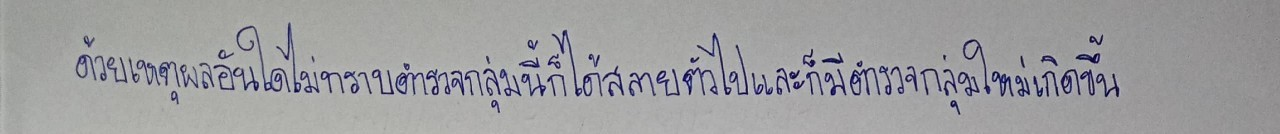
ด้วยเหตุผลอันใดไม่ทราบตำรวจกลุ่มนี้ก็ได้สลายตัวไปและก็มีตำรวจกลุ่มใหม่เกิดขึ้น